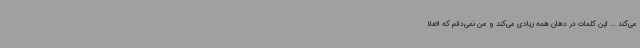
می‌کند ... این کلمات در دهان همه زیادی می‌کند و من نمی‌دانم که اصلا